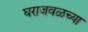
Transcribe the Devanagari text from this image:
घराजवळच्या